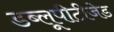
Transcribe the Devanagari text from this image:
डब्लूपीटीजेड